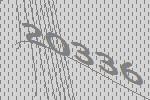
20336